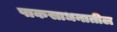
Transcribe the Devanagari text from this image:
पाकसाधनातील